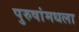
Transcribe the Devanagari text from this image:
पुरुषांमधला